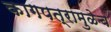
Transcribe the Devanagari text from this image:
कागपत्रामुळेच